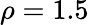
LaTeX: \rho=1.5